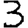
Digit: 3